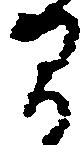
間